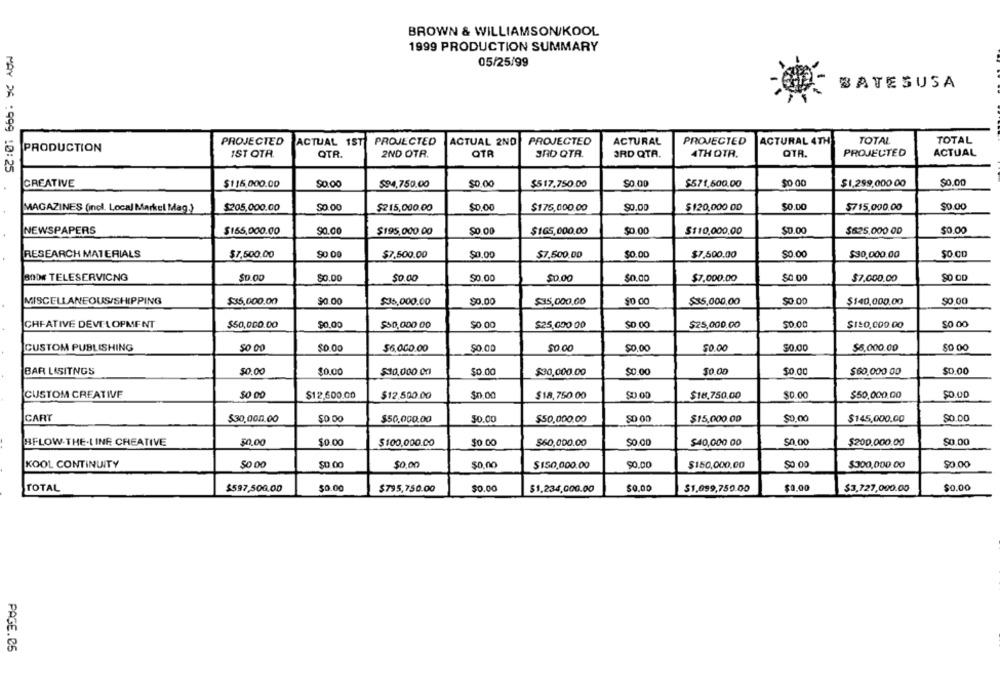
BROWN & WILLIAMSON/KOOL
1999 PRODUCTION SUMMARY
05/25/99
BATESUSA
ACTURAL
PROJECTED
ACTURAL 4TH
TOTAL
TOTAL
PROJECTED
ACTUAL 1ST
PROJECTED
ACTUAL 2ND
PROJECTED
PRODUCTION
IST OTR.
OTR
2ND OTR.
OTR
3RD QTR.
ORD QTA.
ATH QTR.
QTR.
PROJECTED
ACTUAL
MAY DA :999 :0:25
$0 00
$0.00
CREATIVE
$115,000.00
90.00
$94,750.00
$0.00
$517.750.00
$0.00
$571,500,00
$1,299,000 00
MAGAZINES (incl. Local Market Mag.)
$205,000.00
$0.00
$215,000.00
$0.00
$175,000.00
$0.00
$120,000 OD
$0.00
$715,000.00
$0.00
NEWSPAPERS
$165,000.00
90.00
$195,000.00
$0.00
$165,000.00
$0.00
$110.000,00
$0.00
$625,000 00
$0.00
RESEARCH MATERIALS
$7,500.00
$0 00
$7.500.00
$0.00
$7.500.00
$0.00
$7.500.00
$0.00
$30,000.00
B00# TELESERVICNG
$0.00
$0.00
50.00
$0.00
$0.00
$0.00
$7,000.00
$0.00
$7,000.00
MISCELLANEOUS/SHIPPING
$35,000,00
$35,000.00
$0.00
$35,000.00
$0.00
$35,000.00
$0.00
$140,000.00
$0.00
CHEATIVE DEVELOPMENT
$50,000.00
$0,00
$50,000 00
$25,000 00
$0.00
$25,000,00
50.00
$120.000.00
CUSTOM PUBLISHING
$0.00
$6,000.00
$0.00
50.00
$0.00
50.00
50.00
$6,000.00
BAR LASITNGS
50.00
$0.00
$0.00
$10,000 0n
$0.00
$30,000.00
$0.00
$0.00
$60.000 00
$0.00
CUSTOM CREATIVE
$12.600.00
$12.500.00
$18,750.00
$0.00
$18,750,00
$0.00
$50,000.00
$0.00
CART
$30,000.00
$0.00
$50,000,00
50.00
$50.000.00
50 00
$15,000.00
50,00
$145,000.00
$0.00
BELOW-THE-LINE CREATIVE
50,00
$0.00
$100,000.00
$0.00
$60,000.00
$0.CO
$40,000 00
$0.00
$200.000.00
$0.00
KOOL CONTINUITY
$0 00
$0.00
$0.00
$0,00
$150,000.00
$0.00
$150,000,00
$0.00
$300,000.00
$0.00
TOTAL
$597,500.00
$0.00
$795,750.00
$0.00
$1.234,000.00
$0.00
$1,099,750.00
$0.00
$3,727,000.00
$0.00
PAGE.05